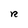
Character: R